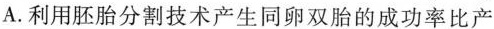
A.利用胚胎分割技术产生同卵双胎的成功率比产